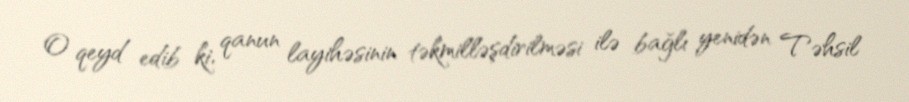
O qeyd edib ki, qanun layihəsinin təkmilləşdirilməsi ilə bağlı yenidən Təhsil